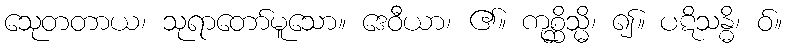
သေုတတာယ၊ သုရာတော်မူသော။ ဒေဝီယာ၊ ၏။ ကုစ္ဆိသ္မိ၊ ၍။ ပဋိသန္ဓိ၊ ဝ်။